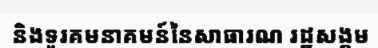
និងទូរគមនាគមន៍នៃសាធារណ រដ្ឋសង្គម